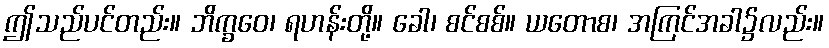
ဤသည်ပင်တည်း။ ဘိက္ခဝေ၊ ရဟန်းတို့။ ခေါ၊ စင်စစ်။ ယတောစ၊ အကြင်အခါ၌လည်း။